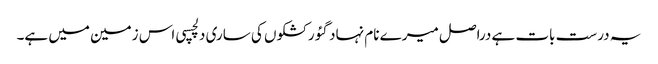
یہ درست بات ہے دراصل میرے نام نہاد گئو رکشکوں کی ساری دلچسپی اس زمین میں ہے۔